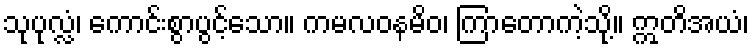
သုပုလ္လံ၊ ကောင်းစွာပွင့်သော။ ကမလဝနမိဝ၊ ကြာတောကဲ့သို့။ ဣတိအယံ၊